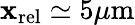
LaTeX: \mathbf{x}_{\mathrm{{rel}}}\simeq5\mu\mathrm{{m}}